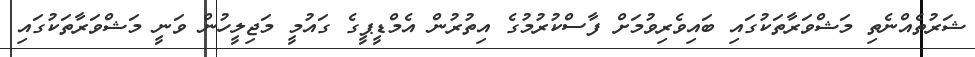
ޝަރުތެއްނެތި މަޝްވަރާތަކުގައި ބައިވެރިވުމަށް ފާސްކުރުމުގެ އިތުރުން އެމްޑީޕީގެ ގައުމީ މަޖިލީހުން ވަނީ މަޝްވަރާތަކުގައި